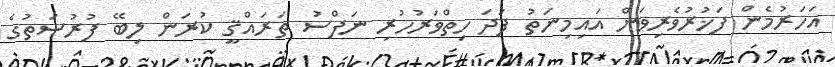
އަހަރުމެން ފަޚުރުވެރިވަން އައިމިނަތު ފަދަ ހިތްވަރުހުރި ނަފްސު ތަރައްޤީ ކުރަން ލިބޭ ފުރުޞަތުގެ